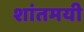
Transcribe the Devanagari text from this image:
शांतमयी